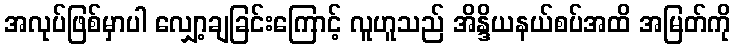
အလုပ်ဖြစ်မှာပါ လျှော့ချခြင်းကြောင့် လူဟူသည် အိန္ဒိယနယ်စပ်အထိ အမြတ်ကို